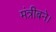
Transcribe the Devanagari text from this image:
मंत्रीबने।